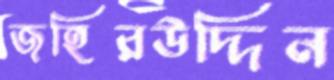
জহিরউদ্দিন